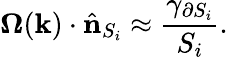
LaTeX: \mathbf{\Omega}(\mathbf{k})\cdot\hat{\mathbf{n}}_{S_{i}}\approx\frac{\gamma_{\partial S_{i}}}{S_{i}}.